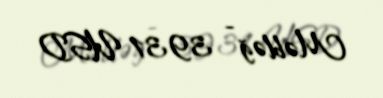
Məbləğ - 3931 USD